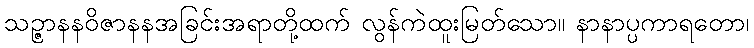
သဉ္ဇာနနဝိဇာနနအခြင်းအရာတို့ထက် လွန်ကဲထူးမြတ်သော။ နာနာပ္ပကာရတော၊